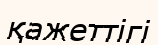
қажеттігі